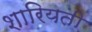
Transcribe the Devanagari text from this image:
शारियती